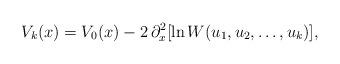
LaTeX: \begin{align*}V_k(x) = V_0(x)-2\,\partial_x^2[ \ln W(u_1,u_2,\dots ,u_k)],\end{align*}